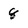
Character: 8